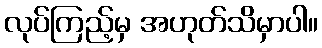
လုပ်ကြည့်မှ အဟုတ်သိမှာပါ။